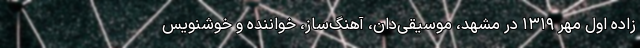
زادهٔ اول مهر ۱۳۱۹ در مشهد، موسیقی‌دان، آهنگ‌ساز، خواننده و خوشنویس